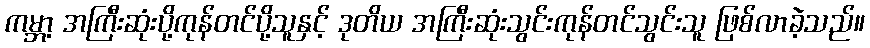
ကမ္ဘာ့ အကြီးဆုံးပို့ကုန်တင်ပို့သူနှင့် ဒုတိယ အကြီးဆုံးသွင်းကုန်တင်သွင်းသူ ဖြစ်လာခဲ့သည်။